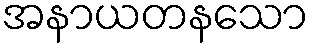
အနာယတနသော